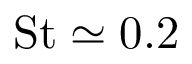
\mathrm { S t } \simeq 0 . 2